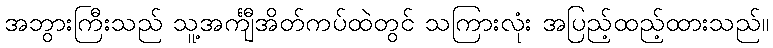
အဘွားကြီးသည် သူ့အင်္ကျီအိတ်ကပ်ထဲတွင် သကြားလုံး အပြည့်ထည့်ထားသည်။